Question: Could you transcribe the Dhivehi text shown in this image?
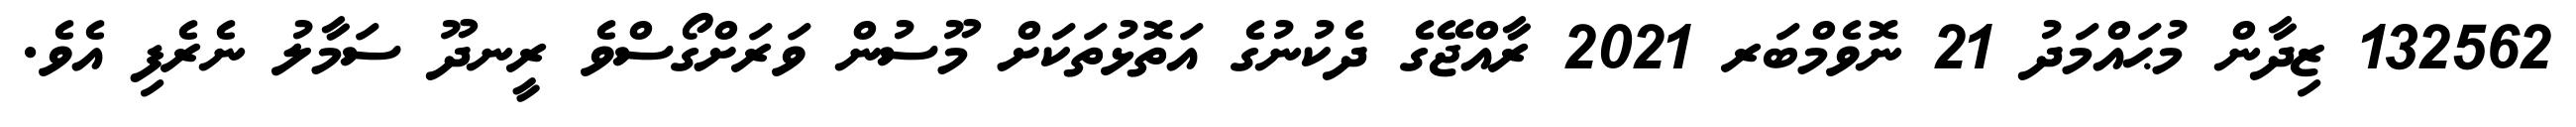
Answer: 132562 ޒިދާން މުޙައްމަދު 21 ނޮވެމްބަރ 2021 ރާއްޖޭގެ ދެކުނުގެ އަތޮޅުތަކަށް މޫސުން ވަރަށްގޯސްވެ ރީނދޫ ސަމާލު ނެރެފި އެވެ.